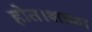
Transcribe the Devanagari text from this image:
होत।शाळा